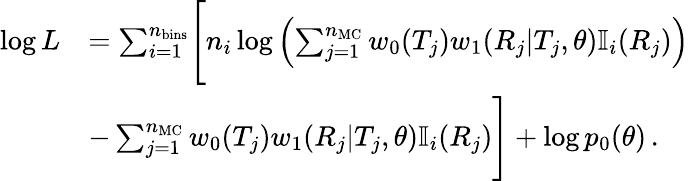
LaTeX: \begin{array}{rl}{\log L}&{=\sum_{i=1}^{n_{\mathrm{bins}}}\Biggl[n_{i}\log\left(\sum_{j=1}^{n_{\mathrm{MC}}}w_{0}(T_{j})w_{1}(R_{j}|T_{j},\theta)\mathbb{I}_{i}(R_{j})\right)}\\ &{-\sum_{j=1}^{n_{\mathrm{MC}}}w_{0}(T_{j})w_{1}(R_{j}|T_{j},\theta)\mathbb{I}_{i}(R_{j})\Biggr]+\log p_{0}(\theta)\, .}\end{array}